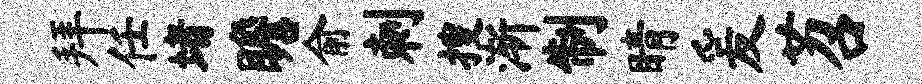
拜任堵瞻俞刺搜渐制睛爰苕